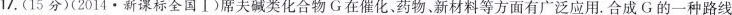
17.(15分)(2014 · 新课标全国Ⅰ)席夫碱类化合物G在催化、药物、新材料等方面有广泛应用.合成G的一种路线